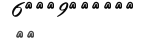
٣٢